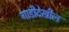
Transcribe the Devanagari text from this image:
गाडीदेखील